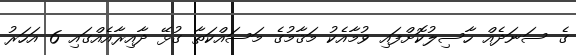
ގެ ސަނަދެއް ހާސިލުކޮށްފައި ވުމާއެކު މަޤާމުގެ މަސައްކަތާ ގުޅޭ ދާއިރާއެއްގައި 6 އަހަރު